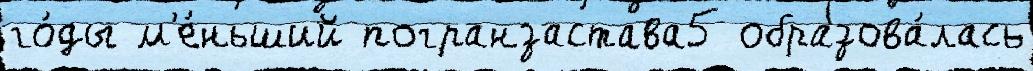
го́ды м'е́ньший погранзастава5 образова́лась